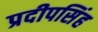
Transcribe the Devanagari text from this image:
प्रदीपसिंह